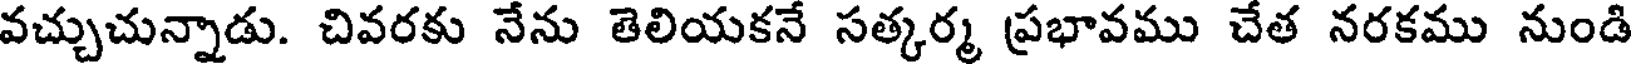
వచ్చుచున్నాడు. చివరకు నేను తెలియకనే సత్కర్మ ప్రభావము చేత నరకము నుండి